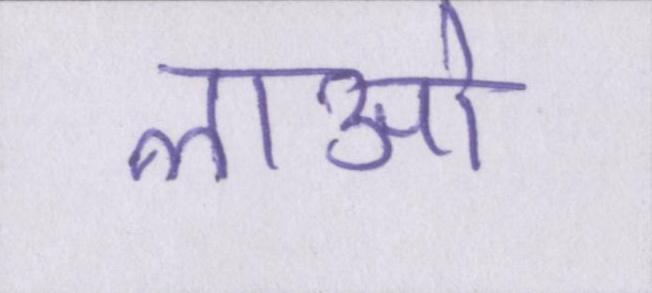
लाओ